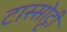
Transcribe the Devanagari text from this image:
टास्सोट्टी